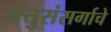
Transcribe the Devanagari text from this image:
जंतुसंसर्गाचे